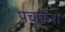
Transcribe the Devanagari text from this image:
पचफेरा